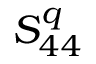
S _ { 4 4 } ^ { q }